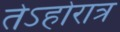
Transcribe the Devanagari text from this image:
तेऽहोरात्र